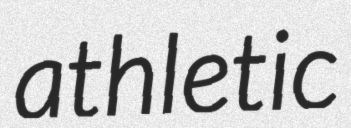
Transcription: athletic